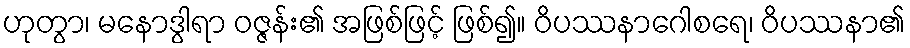
ဟုတွာ၊ မနောဒွါရာ ဝဇ္ဇန်း၏ အဖြစ်ဖြင့် ဖြစ်၍။ ဝိပဿနာဂေါစရေ၊ ဝိပဿနာ၏